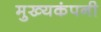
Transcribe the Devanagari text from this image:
मुख्यकंपनी